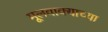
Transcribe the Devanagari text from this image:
मूलवाक्याच्या